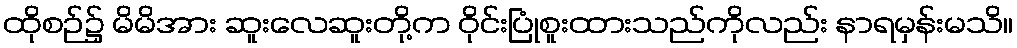
ထိုစဉ်၌ မိမိအား ဆူးလေဆူးတို့က ဝိုင်းပြုံစူးထားသည်ကိုလည်း နာရမှန်းမသိ။